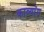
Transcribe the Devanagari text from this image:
काव्यांग